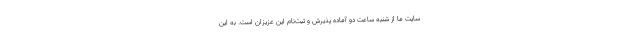
سایت ما از شنبه ساعت دو آماده پذیرش و ثبت‌نام این عزیزان است. به این